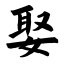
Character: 娶